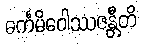
ဓင်္ကမိဝေါဿဇန္တီတိ